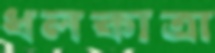
ধলকাত্রা